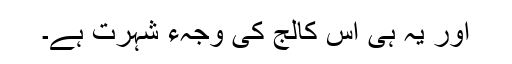
اور یہ ہی اس کالج کی وجہء شہرت ہے۔